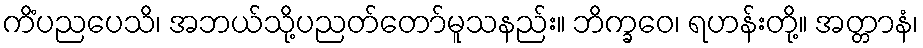
ကိံပညပေသိ၊ အဘယ်သို့ပညတ်တော်မူသနည်း။ ဘိက္ခဝေ၊ ရဟန်းတို့။ အတ္တာနံ၊